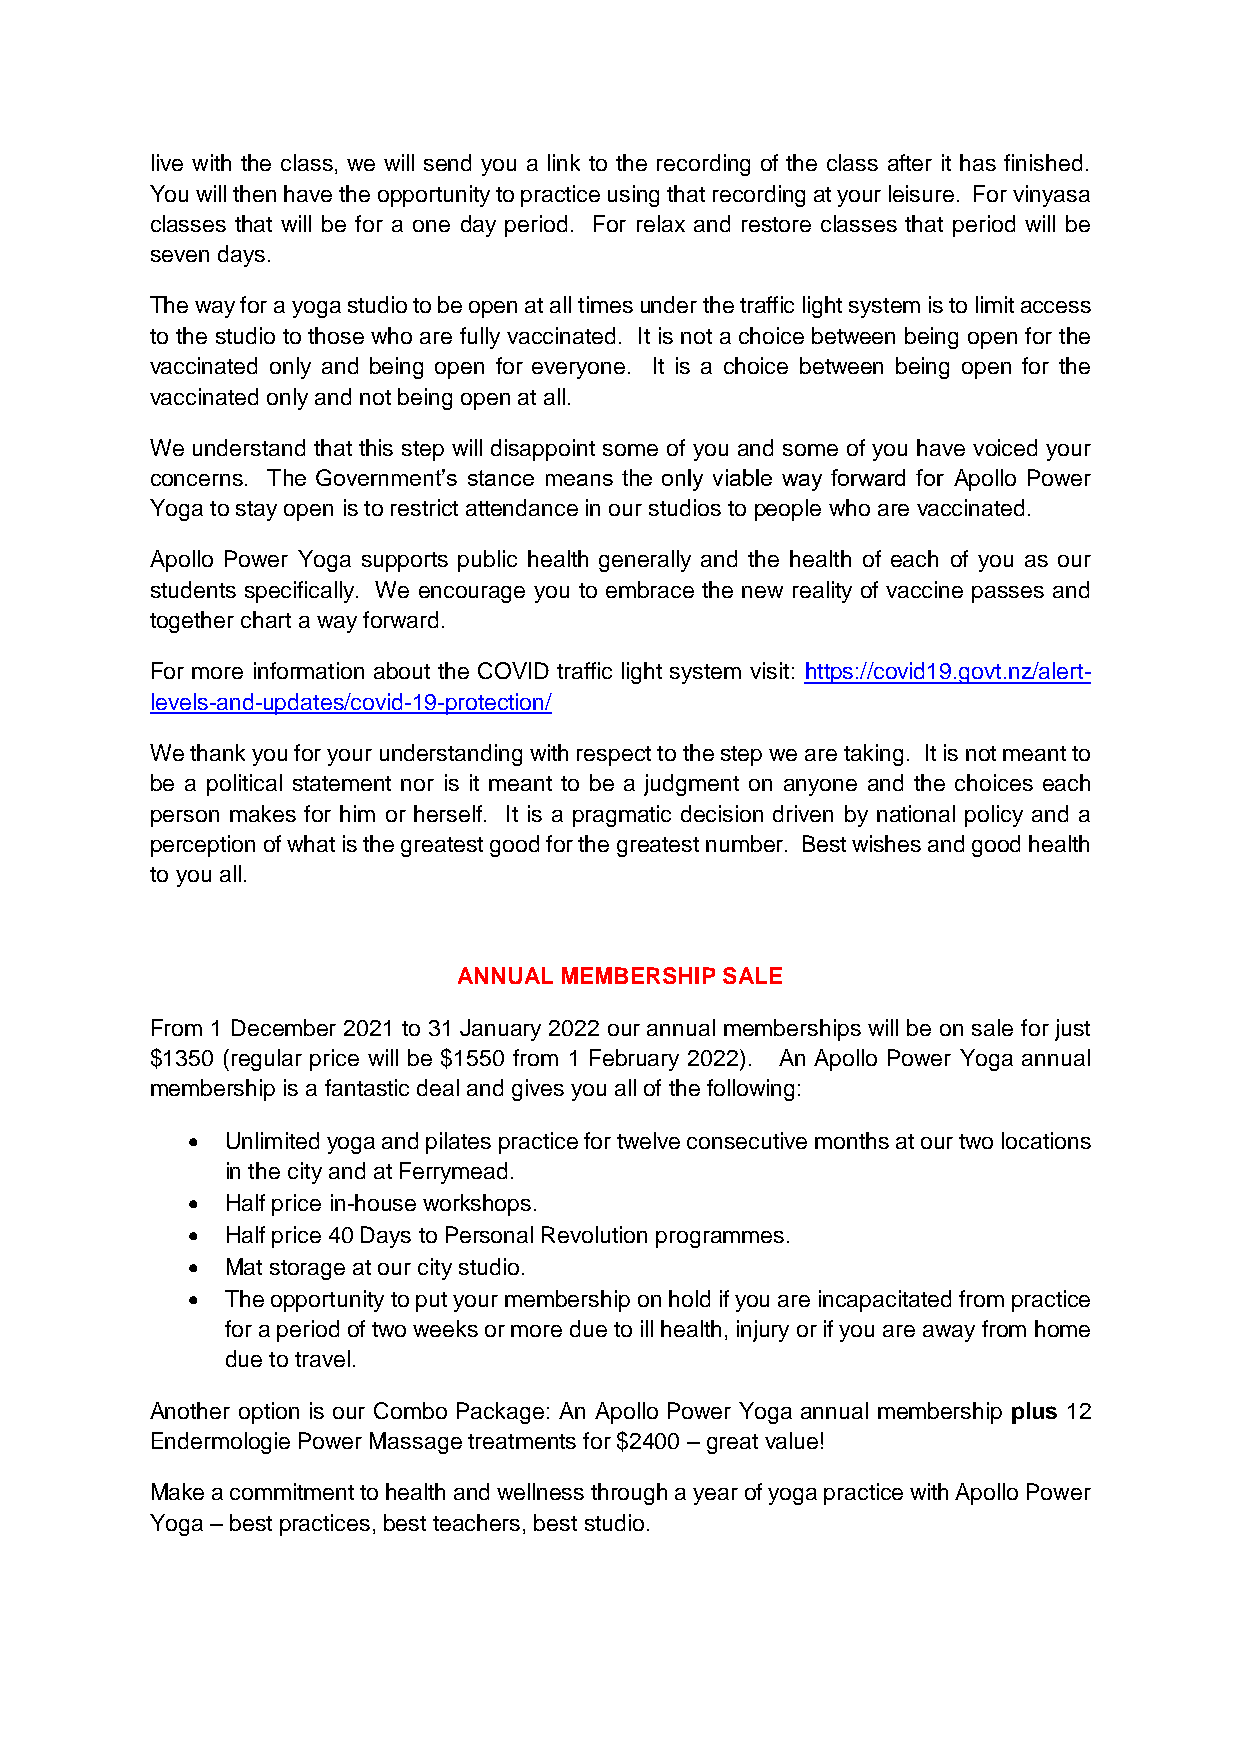
live with the class, we will send you a link to the recording of the class after it has finished.
 You will then have the opportunity to practice using that recording at your leisure. For vinyasa
 classes that will be for a one day period. For relax and restore classes that period will be
 seven days.
 The way for a yoga studio to be open at all times under the traffic light system is to limit access
 to the studio to those who are fully vaccinated. It is not a choice between being open for the
 vaccinated only and being open for everyone. It is a choice between being open for the
 vaccinated only and not being open at all.
 We understand that this step will disappoint some of you and some of you have voiced your
 concerns. The Government’s stance means the only viable way forward for Apollo Power
 Yoga to stay open is to restrict attendance in our studios to people who are vaccinated.
 Apollo Power Yoga supports public health generally and the health of each of you as our
 students specifically. We encourage you to embrace the new reality of vaccine passes and
 together chart a way forward.
 For more information about the COVID traffic light system visit: https://covid19.govt.nz/alert-
 levels-and-updates/covid-19-protection/
 We thank you for your understanding with respect to the step we are taking. It is not meant to
 be a political statement nor is it meant to be a judgment on anyone and the choices each
 person makes for him or herself. It is a pragmatic decision driven by national policy and a
 perception of what is the greatest good for the greatest number. Best wishes and good health
 to you all.
 ANNUAL MEMBERSHIP SALE
 From 1 December 2021 to 31 January 2022 our annual memberships will be on sale for just
 $1350 (regular price will be $1550 from 1 February 2022). An Apollo Power Yoga annual
 membership is a fantastic deal and gives you all of the following:
   Unlimited yoga and pilates practice for twelve consecutive months at our two locations
 in the city and at Ferrymead.
   Half price in-house workshops.
   Half price 40 Days to Personal Revolution programmes.
   Mat storage at our city studio.
   The opportunity to put your membership on hold if you are incapacitated from practice
 for a period of two weeks or more due to ill health, injury or if you are away from home
 due to travel.
 Another option is our Combo Package: An Apollo Power Yoga annual membership plus 12
 Endermologie Power Massage treatments for $2400 – great value!
 Make a commitment to health and wellness through a year of yoga practice with Apollo Power
 Yoga – best practices, best teachers, best studio.